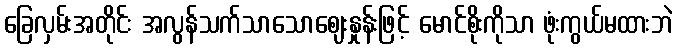
ခြေလှမ်းအတိုင်း အလွန်သက်သာသောဈေးနှုန်းဖြင့် မောင်စိုးကိုသာ ဖုံးကွယ်မထားဘဲ